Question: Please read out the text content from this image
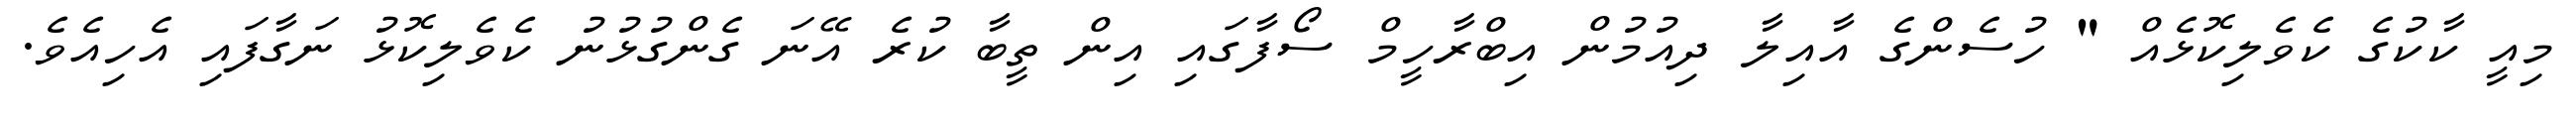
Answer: މިއީ ކާކުގެ ކެވެލިކޮޅެއް " ހުސެންގެ އާއިލާ ދިއުމުން އިބްރާހީމް ސޯފާގައި އިން ތީބާ ކުރެ އޭނަ ގެންގުޅުނު ކެވެލިކޮޅު ނަގާފައި އެހިއެވެ.